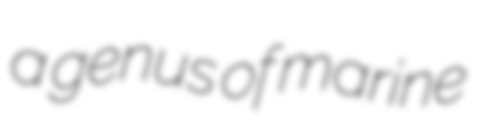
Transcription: a genus of marine